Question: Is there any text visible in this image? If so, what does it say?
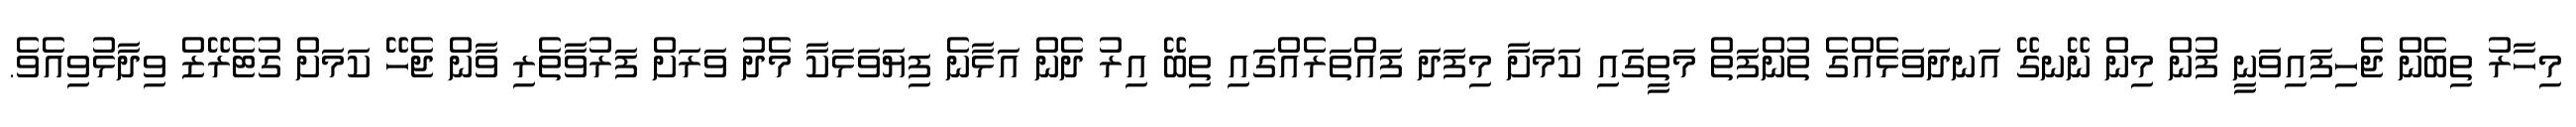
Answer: މިހާރު ތިބެން ޖެހިފައިވަނީ ފުން މިން ނޭނގޭ އަނދަވަޅެއްގެ ތުންފަތް މަތީގައި ކަމަށާ މިފަދަ ފައްތަރެއްގައި ތިބޭ އިރު ދެން އަޅާނެ ފިޔަވަޅަކާ މެދު ވަރަށް ފަރުވާތެރި ވާން ޖެހޭ ކަމަށް ގުޓެރޭޒް ވިދާޅުވިއެވެ.